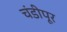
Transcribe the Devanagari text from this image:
चंडीपूर